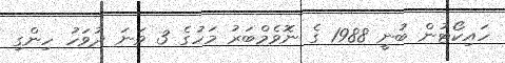
ހައިކޯޓުން ބުނީ 1988 ގެ ނޮވެމްބަރު މަހުގެ 3 ވަނަ ދުވަހު ހިންގި